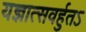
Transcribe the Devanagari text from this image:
यज्ञात्सवर्हुतऽ